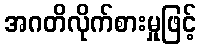
အဂတိလိုက်စားမှုဖြင့်